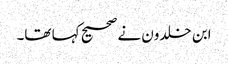
ابن خلدون نے صحیح کہا تھا۔